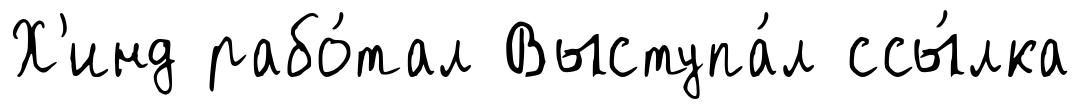
Х'инд рабо́тал Выступа́л ссы́лка